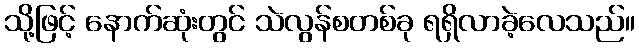
သို့ဖြင့် နောက်ဆုံးတွင် သဲလွန်စတစ်ခု ရရှိလာခဲ့လေသည်။